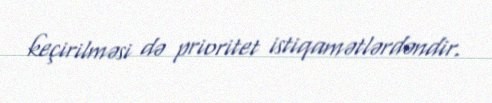
keçirilməsi də prioritet istiqamətlərdəndir.